system: You are a helpful assistant.
user:
Analyze the provided spectrum to determine if it is a **S-type Star**.

- **Key Indicators for S-type Star:**

    - **(Overall Spectrum Shape):** The first and most obvious characteristic is the overall continuum (the "baseline" shape). It is **extremely "red-sloping,"** meaning the flux (light intensity) is very low on the left side (blue, ~4000-4500 Å) and rises steeply and continuously toward the right side (red, ~7000 Å+).

    - **(Primary):** The spectrum is defined by the presence of strong, broad molecular absorption "valleys" (bands) from **Zirconium Oxide (ZrO)**. The identification of these bands is the **primary requirement** for classifying a star as S-type.
        - **(Key Bandheads):** You must find distinct, deep "dips" where the light has been absorbed. The most critical band systems to locate are:
            - **~6474 Å** ($\gamma$-system): This is often the strongest and clearest ZrO feature, found in the red part of the spectrum.
            - **~5718 Å** & **~5551 Å** ($\beta$-system): A pair of prominent absorption features in the yellow-orange part of the spectrum.
            - **~4640 Å** ($\alpha$-system): A key absorption band system in the blue-green region of the spectrum.

    - **(Secondary Confirmation):** The classification is strengthened by finding additional absorption bands from other related heavy element oxides, which are expected to be present alongside ZrO.
        - **(Key Bandheads):**
            - **Yttrium Oxide (YO):** Look for absorption dips near **~4800 Å** and **~6100 Å**.
            - **Lanthanum Oxide (LaO):** Additional absorption features, particularly in the red-orange part of the spectrum, are also characteristic.

    - **(Line Profile):** The combination of the steep red continuum and these numerous, deep molecular bands (ZrO, YO, etc.) gives the entire spectrum a very **"chopped-up"** or **"bumpy"** appearance. Instead of a smooth curve, the spectrum looks as though large, wide chunks of light have been "carved out" of it at the specific wavelengths listed above.

Think first, call **spectral_visualization_tool** if needed to examine features in detail, then provide your final answer. Your response must adhere to the following strict rules:
1.  **Overall Structure:** Your response must follow the format `<think>...</think> <tool_call>...</tool_call> (if a tool is used) <answer>...</answer>`.
2.  **Tool Usage Constraint:** You may only make **one** tool call per turn.
3.  **Final Answer Format:** In the `<answer>` tag, your conclusion must be inside a `\boxed{}` command (e.g., `\boxed{YES}` or `\boxed{NO}`), followed by your justification.

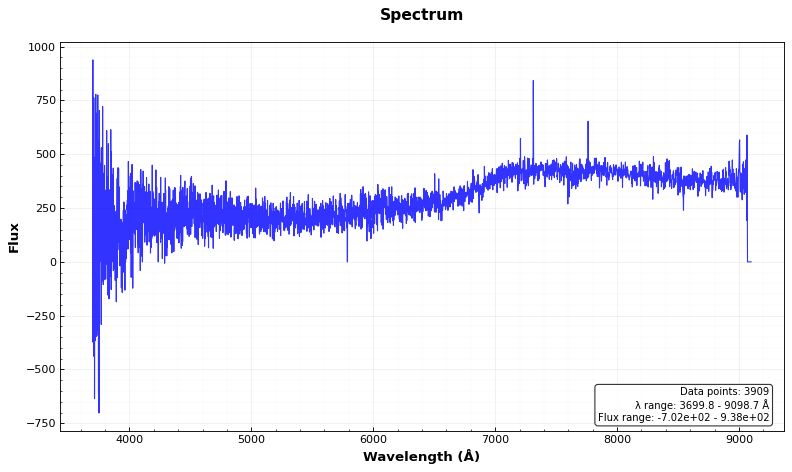
Answer: NO